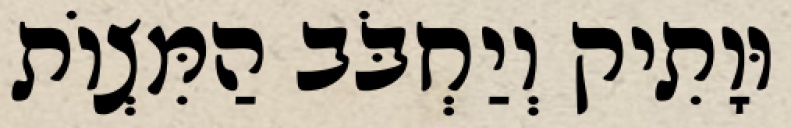
וּוָתִיק וְיַחְבֹּב הַמִּצְוֹת